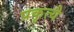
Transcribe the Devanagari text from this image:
प्रकृत्यै